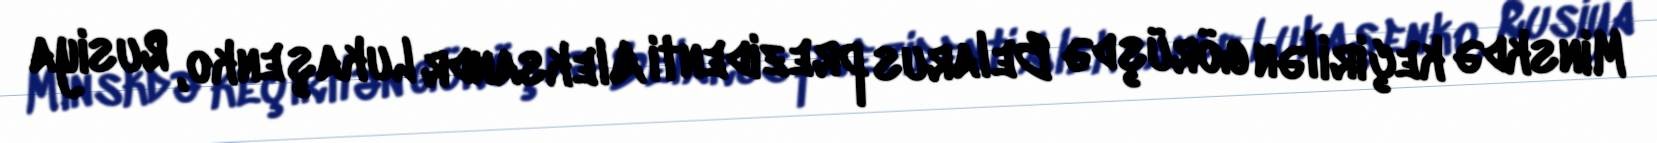
Minskdə keçirilən görüşdə Belarus prezidenti Aleksandr Lukaşenko, Rusiya